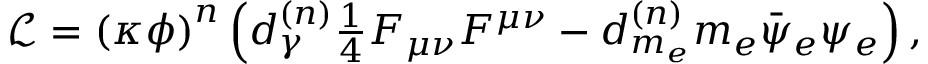
\begin{array} { r } { \mathcal { L } = \left( \kappa \phi \right) ^ { n } \left( d _ { \gamma } ^ { ( n ) } \frac { 1 } { 4 } F _ { \mu \nu } F ^ { \mu \nu } - d _ { m _ { e } } ^ { ( n ) } m _ { e } \bar { \psi } _ { e } \psi _ { e } \right) , } \end{array}